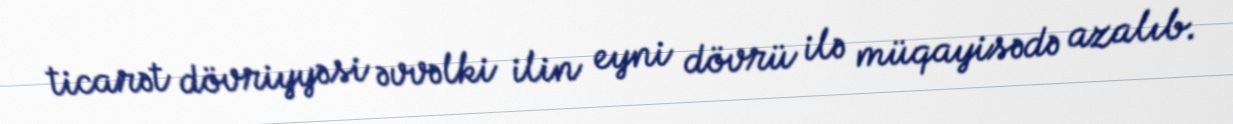
ticarət dövriyyəsi əvvəlki ilin eyni dövrü ilə müqayisədə azalıb.